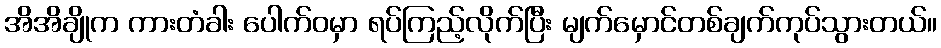
အိအိချိုက ကားတံခါး ပေါက်ဝမှာ ရပ်ကြည့်လိုက်ပြီး မျက်မှောင်တစ်ချက်ကုပ်သွားတယ်။